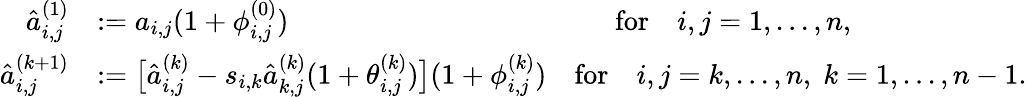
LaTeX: \begin{array}{rl}{\hat{a}_{i,j}^{(1)}}&{:=a_{i,j}(1+\phi_{i,j}^{(0)})\qquad\qquad\qquad\qquad\qquad\quad\; \; \mathrm{for}\quad i,j=1,...,n,}\\ {\hat{a}_{i,j}^{(k+1)}}&{:=\big[\hat{a}_{i,j}^{(k)}-s_{i,k}\hat{a}_{k,j}^{(k)}(1+\theta_{i,j}^{(k)})\big](1+\phi_{i,j}^{(k)})\quad\mathrm{for}\quad i,j=k,...,n,\; k=1,...,n-1.}\end{array}